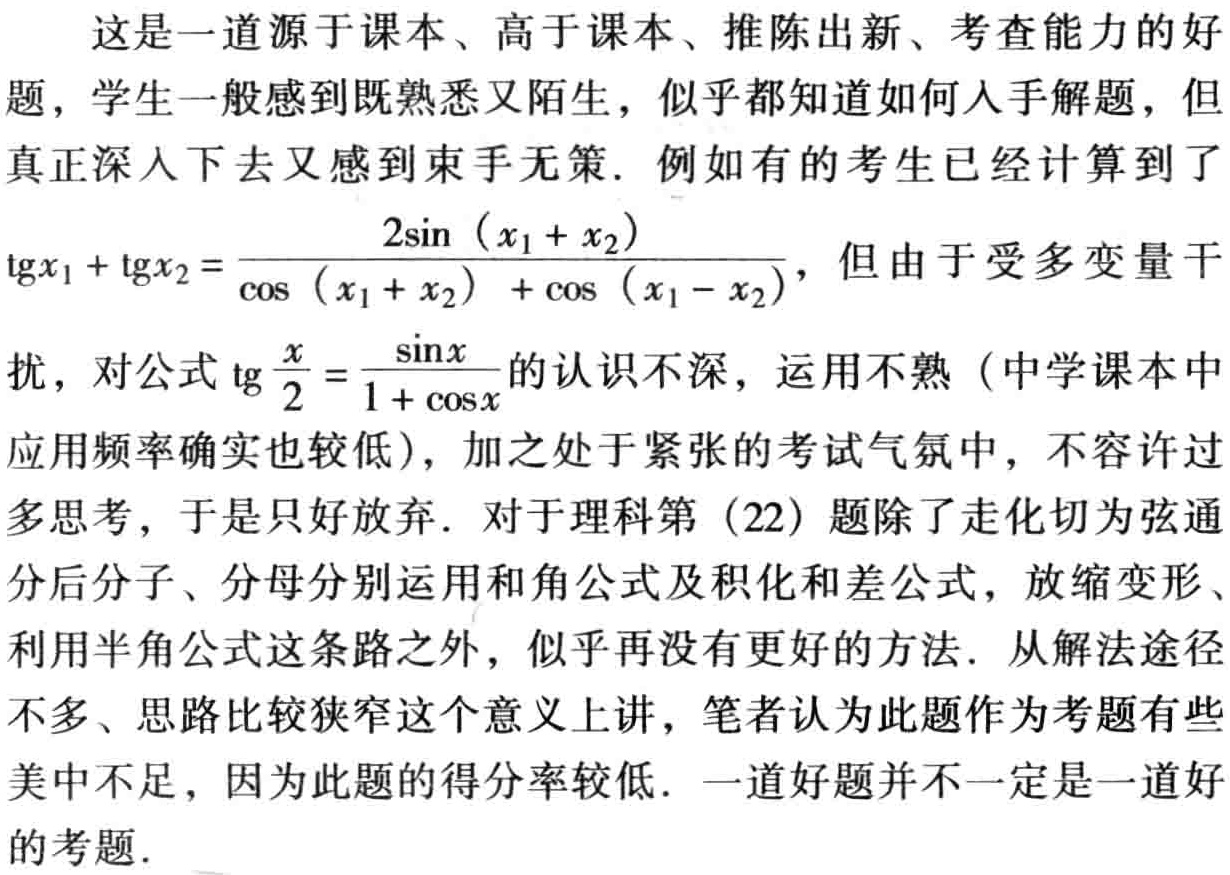
这是一道源于课本、高于课本、推陈出新、考查能力的好题，学生一般感到既熟悉又陌生，似乎都知道如何入手解题，但真正深入下去又感到束手无策. 例如有的考生已经计算到了

\(\mathrm{tg}x_1 + \mathrm{tg}x_2 = \frac{2\sin(x_1 + x_2)}{\cos(x_1 + x_2)+\cos(x_1 - x_2)}\)，但由于受多变量干扰，对公式\(\mathrm{tg}\frac{x}{2}=\frac{\sin x}{1 + \cos x}\)的认识不深，运用不熟（中学课本中应用频率确实也较低），加之处于紧张的考试气氛中，不容许过多思考，于是只好放弃. 对于理科第（22）题除了走化切为弦通分后分子、分母分别运用和角公式及积化和差公式，放缩变形、利用半角公式这条路之外，似乎再没有更好的方法. 从解法途径不多、思路比较狭窄这个意义上讲，笔者认为此题作为考题有些美中不足，因为此题的得分率较低. 一道好题并不一定是一道好的考题.